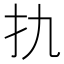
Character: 扏